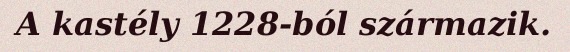
A kastély 1228-ból származik.